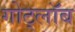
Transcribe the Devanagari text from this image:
गोट्लॉब